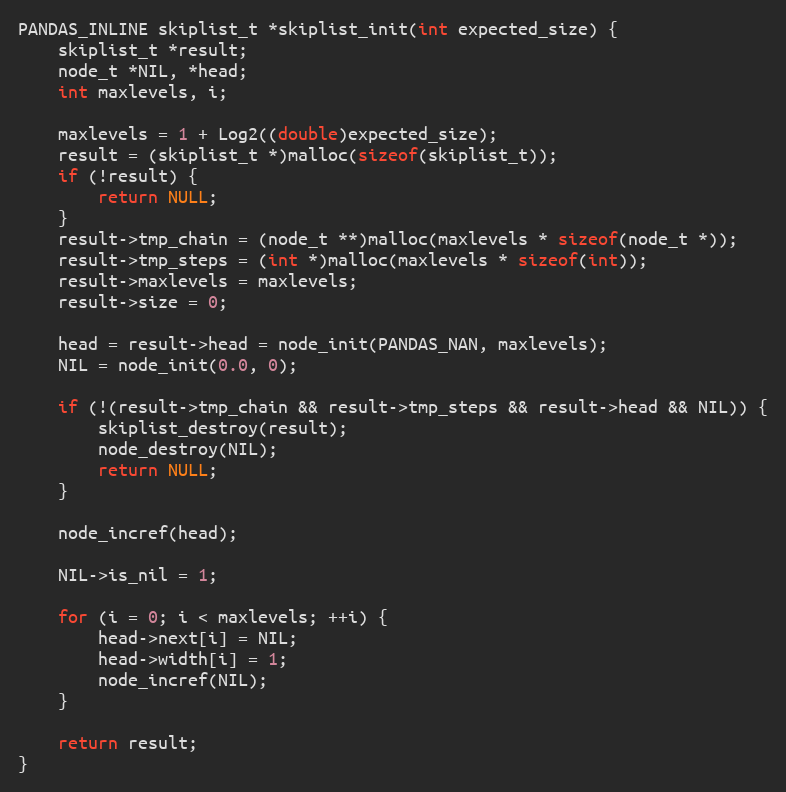
Language: C
PANDAS_INLINE skiplist_t *skiplist_init(int expected_size) {
    skiplist_t *result;
    node_t *NIL, *head;
    int maxlevels, i;

    maxlevels = 1 + Log2((double)expected_size);
    result = (skiplist_t *)malloc(sizeof(skiplist_t));
    if (!result) {
        return NULL;
    }
    result->tmp_chain = (node_t **)malloc(maxlevels * sizeof(node_t *));
    result->tmp_steps = (int *)malloc(maxlevels * sizeof(int));
    result->maxlevels = maxlevels;
    result->size = 0;

    head = result->head = node_init(PANDAS_NAN, maxlevels);
    NIL = node_init(0.0, 0);

    if (!(result->tmp_chain && result->tmp_steps && result->head && NIL)) {
        skiplist_destroy(result);
        node_destroy(NIL);
        return NULL;
    }

    node_incref(head);

    NIL->is_nil = 1;

    for (i = 0; i < maxlevels; ++i) {
        head->next[i] = NIL;
        head->width[i] = 1;
        node_incref(NIL);
    }

    return result;
}